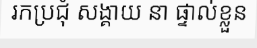
រកប្រជុំ សង្គាយ នា ផ្ទាល់ខ្លួន